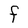
Character: F